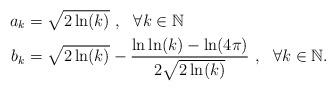
LaTeX: \begin{align*}a_k &= \sqrt{2\ln(k)}\ , \ \ \forall k\in\mathbb{N} \\b_k &= \sqrt{2\ln(k)}-\frac{\ln\ln(k)-\ln(4\pi)}{2\sqrt{2\ln(k)}}\ , \ \ \forall k\in\mathbb{N} .\end{align*}